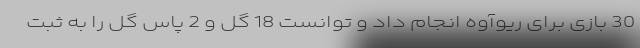
30 بازی برای ریوآوه انجام داد و توانست 18 گل و 2 پاس گل را به ثبت